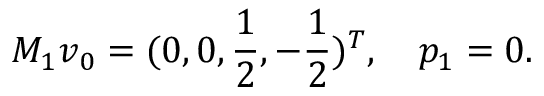
M _ { 1 } \boldsymbol { v } _ { 0 } = ( 0 , 0 , \frac { 1 } { 2 } , - \frac { 1 } { 2 } ) ^ { T } , \quad p _ { 1 } = 0 .